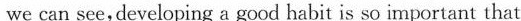
we can see,developing a good habit is so important that